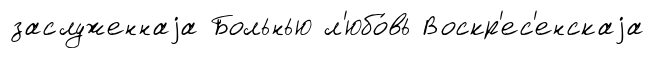
заслуженнаjа Больнью л'юбо́вь Воскр'ес'енскаjа